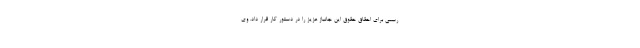
رسمی برای احقاق حقوق این جانباز عزیز را در دستور کار قرار داد. وی